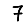
Digit: 7